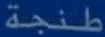
طنجة